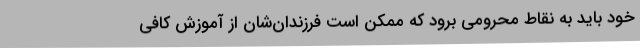
خود باید به نقاط محرومی برود که ممکن است فرزندان‌شان از آموزش کافی